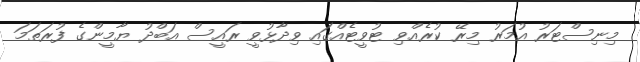
މިނިސްޓަރު އުމަރު މިރޭ ކުރެއްވި ޓުވީޓެއްގައި ވިދާޅުވީ ރައީސް އަބްދު ޔާމީންގެ ފުރަތަމަ